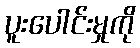
ပူးပေါင်းမှုကို